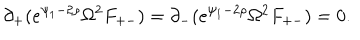
\partial _ { + } ( e ^ { \psi _ { 1 } - 2 \rho } \Omega ^ { 2 } F _ { + - } ) = \partial _ { - } ( e ^ { \psi _ { 1 } - 2 \rho } \Omega ^ { 2 } F _ { + - } ) = 0 .